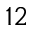
^ { 1 2 }